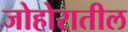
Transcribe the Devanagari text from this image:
जोहोरातील